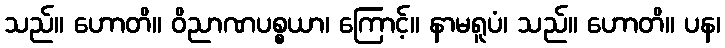
သည်။ ဟောတိ။ ဝိညာဏပစ္စယာ၊ ကြောင့်။ နာမရူပံ၊ သည်။ ဟောတိ။ ပန၊